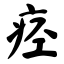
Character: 痉